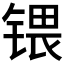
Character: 𰾚